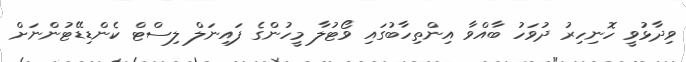
ވިދާޅުވީ ހޮނިހިރު ދުވަހު ބާއްވާ އިންތިހާބުގައި ވޯޓުލާ މީހުންގެ ފައިނަލް ލިސްޓް ކެންޑިޑޭޓުންނަށް